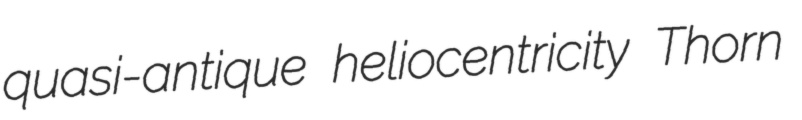
quasi-antique heliocentricity Thorn